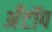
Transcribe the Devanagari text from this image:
अँटॉप